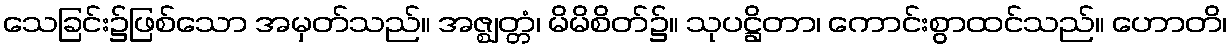
သေခြင်း၌ဖြစ်သော အမှတ်သည်။ အဇ္ဈတ္တံ၊ မိမိစိတ်၌။ သုပဋ္ဌိတာ၊ ကောင်းစွာထင်သည်။ ဟောတိ၊